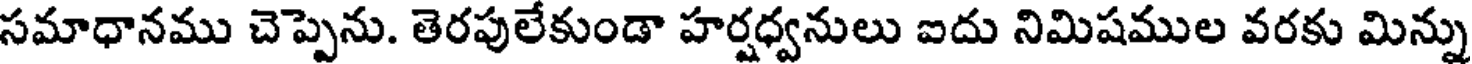
సమాధానము చెప్పెను. తెరపులేకుండా హర్షధ్వనులు ఐదు నిమిషముల వరకు మిన్ను